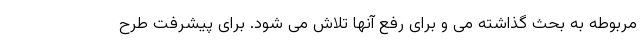
مربوطه به بحث گذاشته می و برای رفع آنها تلاش می شود. برای پیشرفت طرح